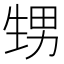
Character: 甥